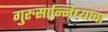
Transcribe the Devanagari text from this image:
गुरुसान्निध्याचा